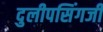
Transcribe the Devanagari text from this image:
दुलीपसिंगजी